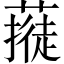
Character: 𱾥